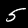
Digit: 5